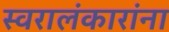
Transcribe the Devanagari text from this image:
स्वरालंकारांना